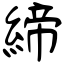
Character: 締